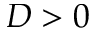
D > 0